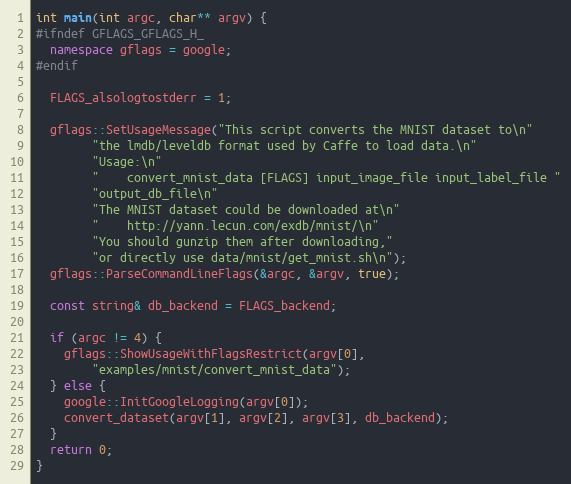
Language: C++
int main(int argc, char** argv) {
#ifndef GFLAGS_GFLAGS_H_
  namespace gflags = google;
#endif

  FLAGS_alsologtostderr = 1;

  gflags::SetUsageMessage("This script converts the MNIST dataset to\n"
        "the lmdb/leveldb format used by Caffe to load data.\n"
        "Usage:\n"
        "    convert_mnist_data [FLAGS] input_image_file input_label_file "
        "output_db_file\n"
        "The MNIST dataset could be downloaded at\n"
        "    http://yann.lecun.com/exdb/mnist/\n"
        "You should gunzip them after downloading,"
        "or directly use data/mnist/get_mnist.sh\n");
  gflags::ParseCommandLineFlags(&argc, &argv, true);

  const string& db_backend = FLAGS_backend;

  if (argc != 4) {
    gflags::ShowUsageWithFlagsRestrict(argv[0],
        "examples/mnist/convert_mnist_data");
  } else {
    google::InitGoogleLogging(argv[0]);
    convert_dataset(argv[1], argv[2], argv[3], db_backend);
  }
  return 0;
}